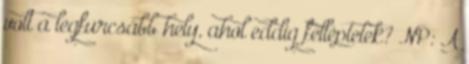
volt a legfurcsább hely, ahol eddig felléptetek? NP: A